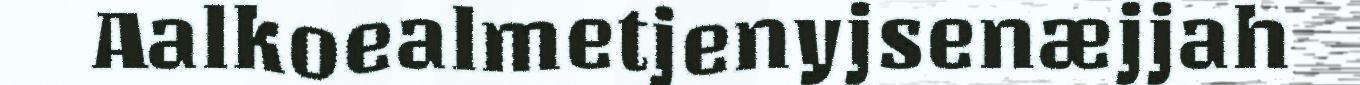
Aalkoealmetjenyjsenæjjah